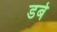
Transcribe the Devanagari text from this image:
डर्बे